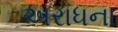
અરાધના